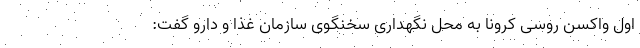
اول واکسن روسی کرونا به محل نگهداری سخنگوی سازمان غذا و دارو گفت: